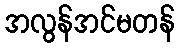
အလွန်အင်မတန်